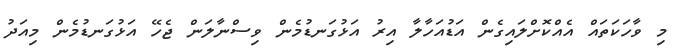
މި ވާހަކަތައް އެއްކޮށްލައިގެން އަޑުއަހާލާ އިރު އަޅުގަނޑުމެން ވިސްނާލަން ޖެހޭ އަޅުގަނޑުމެން މިއަދު